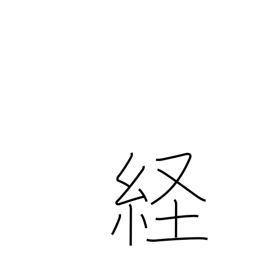
Meaning: longitude